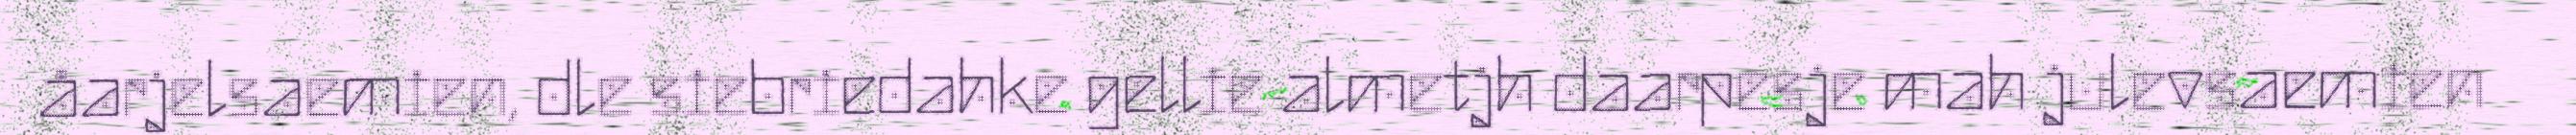
åarjelsaemien, dle siebriedahke gellie almetjh daarpesje mah julevsaemien